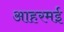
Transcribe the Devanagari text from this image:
आहरमई